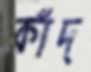
কাঁদ্‌